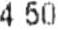
4.50